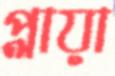
প্লায়া